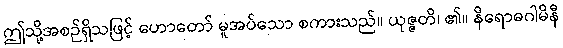
ဤသို့အစဉ်ရှိသဖြင့် ဟောတော် မူအပ်သော စကားသည်။ ယုဇ္ဇတိ၊ ၏။ နိရောဓဂါမိနီ